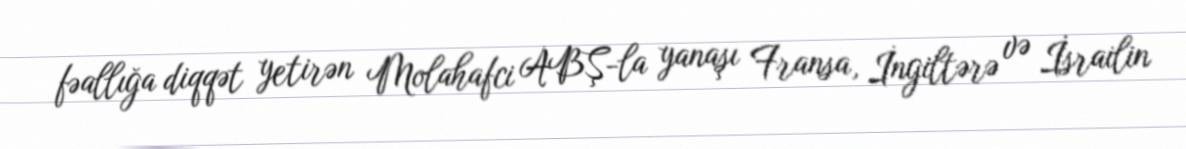
fəallığa diqqət yetirən Molahafci ABŞ-la yanaşı Fransa, İngiltərə və İsrailin